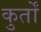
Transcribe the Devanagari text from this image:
कुर्तों